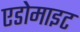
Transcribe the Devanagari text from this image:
एडोमाइट